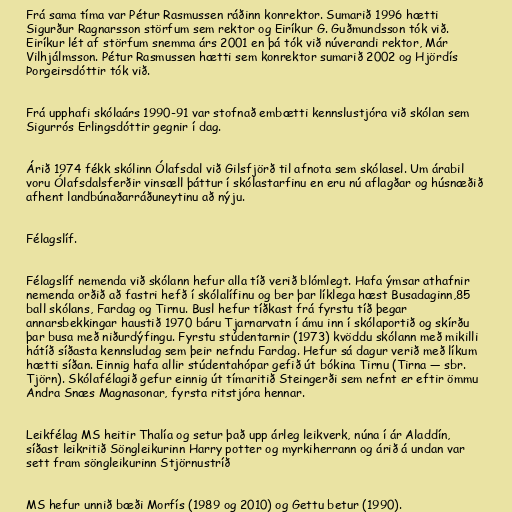
Frá sama tíma var Pétur Rasmussen ráðinn konrektor. Sumarið 1996 hætti
Sigurður Ragnarsson störfum sem rektor og Eiríkur G. Guðmundsson tók við.
Eiríkur lét af störfum snemma árs 2001 en þá tók við núverandi rektor, Már
Vilhjálmsson. Pétur Rasmussen hætti sem konrektor sumarið 2002 og Hjördís
Þorgeirsdóttir tók við.

Frá upphafi skólaárs 1990-91 var stofnað embætti kennslustjóra við skólan sem
Sigurrós Erlingsdóttir gegnir í dag.

Árið 1974 fékk skólinn Ólafsdal við Gilsfjörð til afnota sem skólasel. Um árabil
voru Ólafsdalsferðir vinsæll þáttur í skólastarfinu en eru nú aflagðar og húsnæðið
afhent landbúnaðarráðuneytinu að nýju.

Félagslíf.

Félagslíf nemenda við skólann hefur alla tíð verið blómlegt. Hafa ýmsar athafnir
nemenda orðið að fastri hefð í skólalífinu og ber þar líklega hæst Busadaginn,85
ball skólans, Fardag og Tirnu. Busl hefur tíðkast frá fyrstu tíð þegar
annarsbekkingar haustið 1970 báru Tjarnarvatn í ámu inn í skólaportið og skírðu
þar busa með niðurdýfingu. Fyrstu stúdentarnir (1973) kvöddu skólann með mikilli
hátíð síðasta kennsludag sem þeir nefndu Fardag. Hefur sá dagur verið með líkum
hætti síðan. Einnig hafa allir stúdentahópar gefið út bókina Tirnu (Tirna — sbr.
Tjörn). Skólafélagið gefur einnig út tímaritið Steingerði sem nefnt er eftir ömmu
Andra Snæs Magnasonar, fyrsta ritstjóra hennar.

Leikfélag MS heitir Thalía og setur það upp árleg leikverk, núna í ár Aladdín,
síðast leikritið Söngleikurinn Harry potter og myrkiherrann og árið á undan var
sett fram söngleikurinn Stjörnustríð

MS hefur unnið bæði Morfís (1989 og 2010) og Gettu betur (1990).